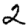
Digit: 2